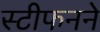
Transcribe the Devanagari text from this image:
स्टीफनने